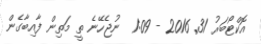
އޮކްޓޯބަރު 31